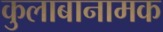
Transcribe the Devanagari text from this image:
कुलाबानामक